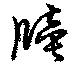
牘